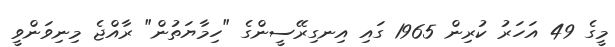
މީގެ 49 އަހަރު ކުރިން 1965 ގައި އިނގިރޭސީންގެ "ހިމާޔަތުން" ރާއްޖެ މިނިވަންވީ